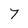
Character: 7